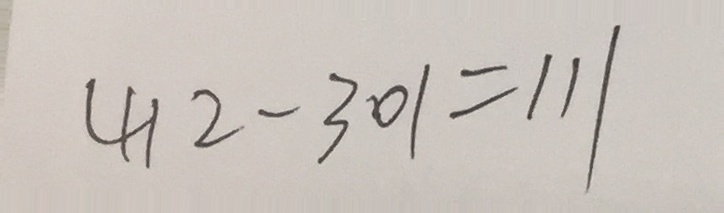
4 1 2 - 3 0 1 = 1 1 1